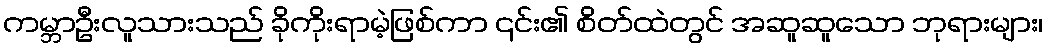
ကမ္ဘာဦးလူသားသည် ခိုကိုးရာမဲ့ဖြစ်ကာ ၎င်း၏ စိတ်ထဲတွင် အဆူဆူသော ဘုရားများ၊